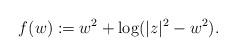
LaTeX: \begin{align*}f(w):=w^2+\log(|z|^2-w^2).\end{align*}